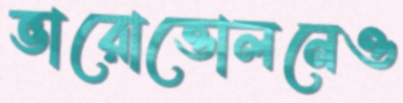
ভারোত্তোলনেও